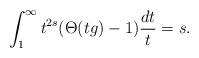
LaTeX: \begin{align*}\int_1^\infty t^{2s}(\Theta(tg)-1)\frac{dt}{t}=s.\end{align*}